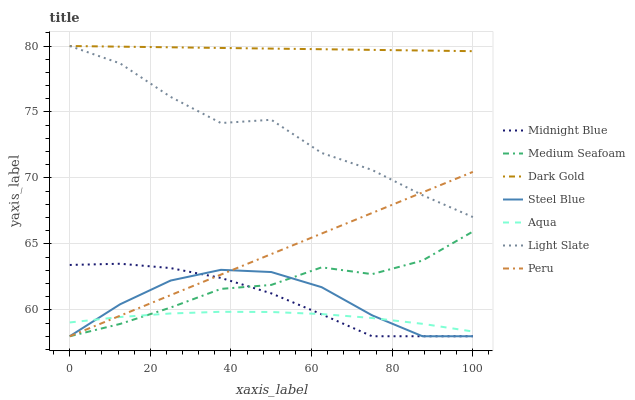
| xaxis_label | Midnight Blue | Medium Seafoam | Dark Gold | Steel Blue | Aqua | Light Slate | Peru |
 | --- | --- | --- | --- | --- | --- | --- | --- |
 | 0 | 63.4 | 58 | 80 | 58 | 59 | 80 | 58 |
 | 12.5 | 63.5 | 58.9 | 80 | 60.4 | 59.5 | 78.7 | 59.6 |
 | 25 | 63.2 | 60.2 | 79.9 | 62.2 | 59.7 | 76.1 | 61.1 |
 | 37.5 | 62.4 | 61.6 | 79.9 | 63 | 59.9 | 74.2 | 62.7 |
 | 50 | 61.3 | 61.9 | 79.8 | 62.9 | 59.8 | 74.4 | 64.2 |
 | 62.5 | 59.7 | 63.2 | 79.8 | 61.7 | 59.7 | 71.9 | 65.8 |
 | 75 | 58 | 62.7 | 79.7 | 59.6 | 59.4 | 70.6 | 67.3 |
 | 87.5 | 58 | 63.7 | 79.7 | 58 | 58.9 | 68.7 | 68.9 |
 | 100 | 58 | 65.9 | 79.6 | 58 | 58.4 | 67 | 70.5 |